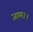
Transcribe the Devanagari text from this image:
जाम।।